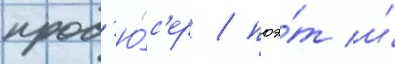
прод'ю́с'ер / поэ́т и́